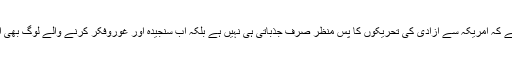
کتب کی اشاعت سے اندازہ ہوتا ہے کہ امریکہ سے آزادی کی تحریکوں کا پس منظر صرف جذباتی ہی نہیں ہے بلکہ اب سنجیدہ اور غوروفکر کرنے والے لوگ بھی اس تدبر میں شریک ہو رہے ہیں ۔